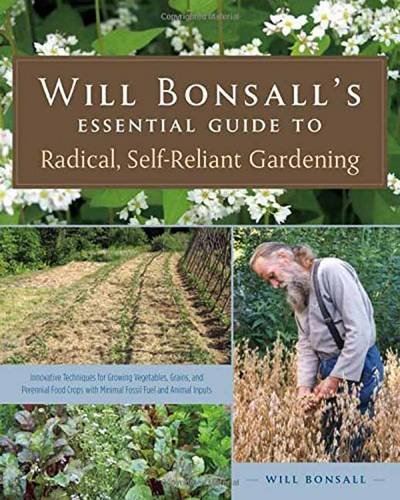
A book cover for Will Bonsall's Essential Guide to Radical, Self-Reliant Gardening: Innovative Techniques for Growing Vegetables, Grains, and Perennial Food Crops with Minimal Fossil Fuel and Animal Inputs; Will Bonsall; Crafts, Hobbies & Home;